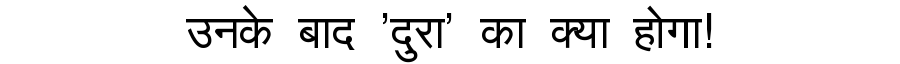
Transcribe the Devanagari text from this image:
उनके बाद 'दुरा' का क्या होगा!